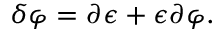
\delta \varphi = \partial \epsilon + \epsilon \partial \varphi .